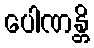
ပေါဏန္တိ